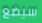
سيضع